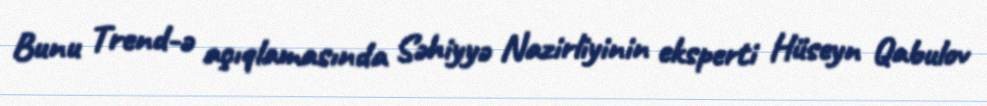
Bunu Trend-ə açıqlamasında Səhiyyə Nazirliyinin eksperti Hüseyn Qabulov